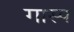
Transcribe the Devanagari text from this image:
गास्प